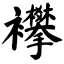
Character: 襻